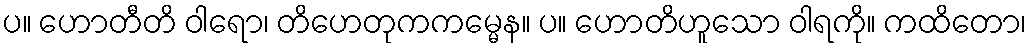
ပ။ ဟောတီတိ ဝါရော၊ တိဟေတုကကမ္မေန။ ပ။ ဟောတိဟူသော ဝါရကို။ ကထိတော၊